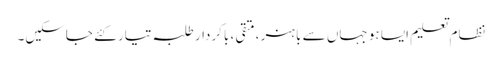
نظام تعلیم ایسا ہو جہاں سے باہنر ،متقی ، باکردار طلبہ تیار کئے جاسکیں۔